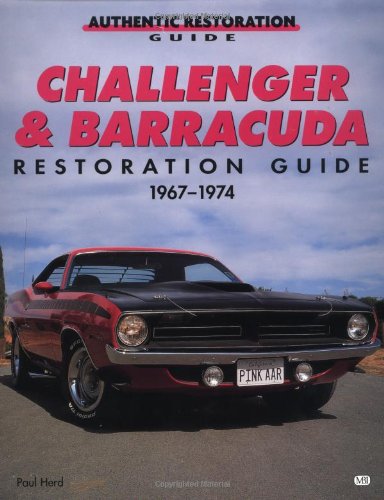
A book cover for Challenger and Barracuda Restoration Guide, 1967-74 (Motorbooks Workshop); Paul Herd; Engineering & Transportation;